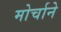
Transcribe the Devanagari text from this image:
मोर्चाने